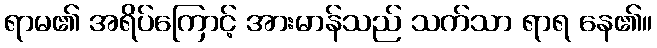
ရာမ၏ အရိပ်ကြောင့် အားမာန်သည် သက်သာ ရာရ နေ၏။